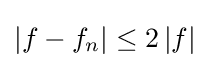
{\textstyle \left\vert f-f_{n}\right\vert \leq 2\left\vert f\right\vert }